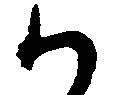
か